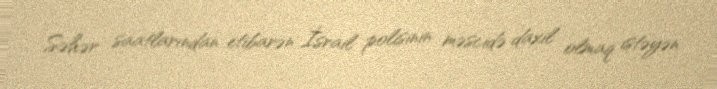
Səhər saatlarından etibarən İsrail polisinin məscidə daxil olmaq istəyən